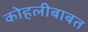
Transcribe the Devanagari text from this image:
कोहलीबाबत